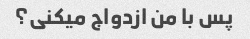
پس با من ازدواج میکنی؟